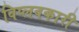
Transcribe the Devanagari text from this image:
विप्लवकारी